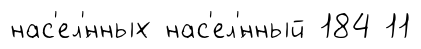
нас'ел'́нных нас'ел'́нный 184 11